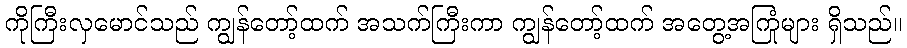
ကိုကြီးလှမောင်သည် ကျွန်တော့်ထက် အသက်ကြီးကာ ကျွန်တော့်ထက် အတွေ့အကြုံများ ရှိသည်။